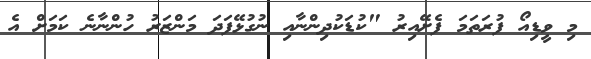
މި ވީޑިއޯ ފުރަތަމަ ފެށޭއިރު "ކުޑަކުދިންނާއި ނުގުޅޭފަދަ މަންޒަރު ހުންނާނެ ކަމަށް އެ